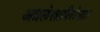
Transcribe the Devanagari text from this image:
अग्रलेखाविरोधात